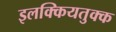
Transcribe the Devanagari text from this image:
इलक्कियतुक्क